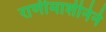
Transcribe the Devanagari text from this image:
राणीमाशीनेने